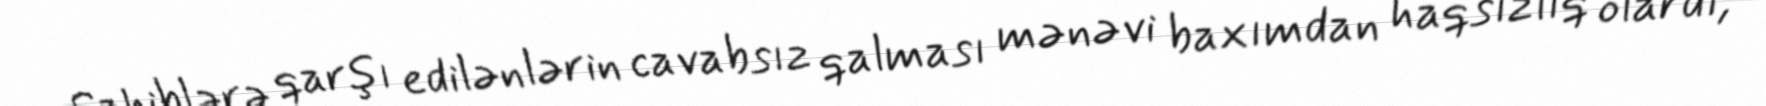
Sahiblərə qarşı edilənlərin cavabsız qalması mənəvi baxımdan haqsızlıq olardı,